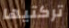
تركتيها